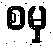
စမှ